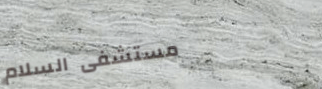
مستشفى السلام